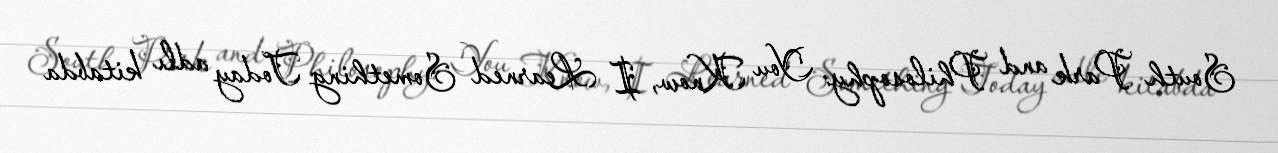
South Park and Philosophy: You Know, I Learned Something Today adlı kitabda